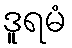
ဒူရမံ